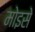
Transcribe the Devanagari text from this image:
मोइसे